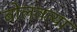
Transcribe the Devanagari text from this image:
बोलवत्या